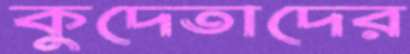
কুদেতাদের